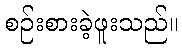
စဉ်းစားခဲ့ဖူးသည်။